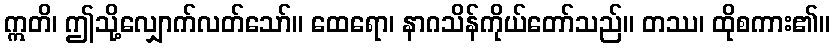
ဣတိ၊ ဤသို့လျှောက်လတ်သော်။ ထေရော၊ နာဂသိန်ကိုယ်တော်သည်။ တဿ၊ ထိုစကား၏။